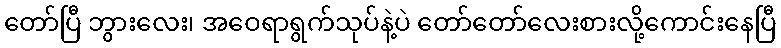
တော်ပြီ ဘွားလေး၊ အဝေရာရွက်သုပ်နဲ့ပဲ တော်တော်လေးစားလို့ကောင်းနေပြီ